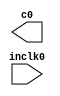
// megafunction wizard: %ALTPLL%VBB%
// GENERATION: STANDARD
// VERSION: WM1.0
// MODULE: altpll 

// ============================================================
// Megafunction Name(s):
// 			altpll
//
// Simulation Library Files(s):
// 			altera_mf
// ============================================================
// ************************************************************
// THIS IS A WIZARD-GENERATED FILE. DO NOT EDIT THIS FILE!
//
// 17.0.0 Build 595 04/25/2017 SJ Standard Edition
// ************************************************************

//Copyright (C) 2017  Intel Corporation. All rights reserved.
//Your use of Intel Corporation's design tools, logic functions 
//and other software and tools, and its AMPP partner logic 
//functions, and any output files from any of the foregoing 
//(including device programming or simulation files), and any 
//associated documentation or information are expressly subject 
//to the terms and conditions of the Intel Program License 
//Subscription Agreement, the Intel Quartus Prime License Agreement,
//the Intel MegaCore Function License Agreement, or other 
//applicable license agreement, including, without limitation, 
//that your use is for the sole purpose of programming logic 
//devices manufactured by Intel and sold by Intel or its 
//authorized distributors.  Please refer to the applicable 
//agreement for further details.

module video_pll (
	inclk0,
	c0);

	input	  inclk0;
	output	  c0;

endmodule

// ============================================================
// CNX file retrieval info
// ============================================================
// Retrieval info: PRIVATE: ACTIVECLK_CHECK STRING "0"
// Retrieval info: PRIVATE: BANDWIDTH STRING "1.000"
// Retrieval info: PRIVATE: BANDWIDTH_FEATURE_ENABLED STRING "1"
// Retrieval info: PRIVATE: BANDWIDTH_FREQ_UNIT STRING "MHz"
// Retrieval info: PRIVATE: BANDWIDTH_PRESET STRING "Low"
// Retrieval info: PRIVATE: BANDWIDTH_USE_AUTO STRING "1"
// Retrieval info: PRIVATE: BANDWIDTH_USE_PRESET STRING "0"
// Retrieval info: PRIVATE: CLKBAD_SWITCHOVER_CHECK STRING "0"
// Retrieval info: PRIVATE: CLKLOSS_CHECK STRING "0"
// Retrieval info: PRIVATE: CLKSWITCH_CHECK STRING "0"
// Retrieval info: PRIVATE: CNX_NO_COMPENSATE_RADIO STRING "0"
// Retrieval info: PRIVATE: CREATE_CLKBAD_CHECK STRING "0"
// Retrieval info: PRIVATE: CREATE_INCLK1_CHECK STRING "0"
// Retrieval info: PRIVATE: CUR_DEDICATED_CLK STRING "c0"
// Retrieval info: PRIVATE: CUR_FBIN_CLK STRING "c0"
// Retrieval info: PRIVATE: DEVICE_SPEED_GRADE STRING "Any"
// Retrieval info: PRIVATE: DIV_FACTOR0 NUMERIC "1"
// Retrieval info: PRIVATE: DUTY_CYCLE0 STRING "50.00000000"
// Retrieval info: PRIVATE: EFF_OUTPUT_FREQ_VALUE0 STRING "65.000000"
// Retrieval info: PRIVATE: EXPLICIT_SWITCHOVER_COUNTER STRING "0"
// Retrieval info: PRIVATE: EXT_FEEDBACK_RADIO STRING "0"
// Retrieval info: PRIVATE: GLOCKED_COUNTER_EDIT_CHANGED STRING "1"
// Retrieval info: PRIVATE: GLOCKED_FEATURE_ENABLED STRING "0"
// Retrieval info: PRIVATE: GLOCKED_MODE_CHECK STRING "0"
// Retrieval info: PRIVATE: GLOCK_COUNTER_EDIT NUMERIC "1048575"
// Retrieval info: PRIVATE: HAS_MANUAL_SWITCHOVER STRING "1"
// Retrieval info: PRIVATE: INCLK0_FREQ_EDIT STRING "50.000"
// Retrieval info: PRIVATE: INCLK0_FREQ_UNIT_COMBO STRING "MHz"
// Retrieval info: PRIVATE: INCLK1_FREQ_EDIT STRING "100.000"
// Retrieval info: PRIVATE: INCLK1_FREQ_EDIT_CHANGED STRING "1"
// Retrieval info: PRIVATE: INCLK1_FREQ_UNIT_CHANGED STRING "1"
// Retrieval info: PRIVATE: INCLK1_FREQ_UNIT_COMBO STRING "MHz"
// Retrieval info: PRIVATE: INTENDED_DEVICE_FAMILY STRING "Cyclone IV E"
// Retrieval info: PRIVATE: INT_FEEDBACK__MODE_RADIO STRING "1"
// Retrieval info: PRIVATE: LOCKED_OUTPUT_CHECK STRING "0"
// Retrieval info: PRIVATE: LONG_SCAN_RADIO STRING "1"
// Retrieval info: PRIVATE: LVDS_MODE_DATA_RATE STRING "Not Available"
// Retrieval info: PRIVATE: LVDS_MODE_DATA_RATE_DIRTY NUMERIC "0"
// Retrieval info: PRIVATE: LVDS_PHASE_SHIFT_UNIT0 STRING "deg"
// Retrieval info: PRIVATE: MIG_DEVICE_SPEED_GRADE STRING "Any"
// Retrieval info: PRIVATE: MIRROR_CLK0 STRING "0"
// Retrieval info: PRIVATE: MULT_FACTOR0 NUMERIC "1"
// Retrieval info: PRIVATE: NORMAL_MODE_RADIO STRING "1"
// Retrieval info: PRIVATE: OUTPUT_FREQ0 STRING "65.00000000"
// Retrieval info: PRIVATE: OUTPUT_FREQ_MODE0 STRING "1"
// Retrieval info: PRIVATE: OUTPUT_FREQ_UNIT0 STRING "MHz"
// Retrieval info: PRIVATE: PHASE_RECONFIG_FEATURE_ENABLED STRING "1"
// Retrieval info: PRIVATE: PHASE_RECONFIG_INPUTS_CHECK STRING "0"
// Retrieval info: PRIVATE: PHASE_SHIFT0 STRING "0.00000000"
// Retrieval info: PRIVATE: PHASE_SHIFT_STEP_ENABLED_CHECK STRING "0"
// Retrieval info: PRIVATE: PHASE_SHIFT_UNIT0 STRING "deg"
// Retrieval info: PRIVATE: PLL_ADVANCED_PARAM_CHECK STRING "0"
// Retrieval info: PRIVATE: PLL_ARESET_CHECK STRING "0"
// Retrieval info: PRIVATE: PLL_AUTOPLL_CHECK NUMERIC "1"
// Retrieval info: PRIVATE: PLL_ENHPLL_CHECK NUMERIC "0"
// Retrieval info: PRIVATE: PLL_FASTPLL_CHECK NUMERIC "0"
// Retrieval info: PRIVATE: PLL_FBMIMIC_CHECK STRING "0"
// Retrieval info: PRIVATE: PLL_LVDS_PLL_CHECK NUMERIC "0"
// Retrieval info: PRIVATE: PLL_PFDENA_CHECK STRING "0"
// Retrieval info: PRIVATE: PLL_TARGET_HARCOPY_CHECK NUMERIC "0"
// Retrieval info: PRIVATE: PRIMARY_CLK_COMBO STRING "inclk0"
// Retrieval info: PRIVATE: RECONFIG_FILE STRING "video_pll.mif"
// Retrieval info: PRIVATE: SACN_INPUTS_CHECK STRING "0"
// Retrieval info: PRIVATE: SCAN_FEATURE_ENABLED STRING "1"
// Retrieval info: PRIVATE: SELF_RESET_LOCK_LOSS STRING "0"
// Retrieval info: PRIVATE: SHORT_SCAN_RADIO STRING "0"
// Retrieval info: PRIVATE: SPREAD_FEATURE_ENABLED STRING "0"
// Retrieval info: PRIVATE: SPREAD_FREQ STRING "50.000"
// Retrieval info: PRIVATE: SPREAD_FREQ_UNIT STRING "KHz"
// Retrieval info: PRIVATE: SPREAD_PERCENT STRING "0.500"
// Retrieval info: PRIVATE: SPREAD_USE STRING "0"
// Retrieval info: PRIVATE: SRC_SYNCH_COMP_RADIO STRING "0"
// Retrieval info: PRIVATE: STICKY_CLK0 STRING "1"
// Retrieval info: PRIVATE: SWITCHOVER_COUNT_EDIT NUMERIC "1"
// Retrieval info: PRIVATE: SWITCHOVER_FEATURE_ENABLED STRING "1"
// Retrieval info: PRIVATE: SYNTH_WRAPPER_GEN_POSTFIX STRING "0"
// Retrieval info: PRIVATE: USE_CLK0 STRING "1"
// Retrieval info: PRIVATE: USE_CLKENA0 STRING "0"
// Retrieval info: PRIVATE: USE_MIL_SPEED_GRADE NUMERIC "0"
// Retrieval info: PRIVATE: ZERO_DELAY_RADIO STRING "0"
// Retrieval info: LIBRARY: altera_mf altera_mf.altera_mf_components.all
// Retrieval info: CONSTANT: BANDWIDTH_TYPE STRING "AUTO"
// Retrieval info: CONSTANT: CLK0_DIVIDE_BY NUMERIC "10"
// Retrieval info: CONSTANT: CLK0_DUTY_CYCLE NUMERIC "50"
// Retrieval info: CONSTANT: CLK0_MULTIPLY_BY NUMERIC "13"
// Retrieval info: CONSTANT: CLK0_PHASE_SHIFT STRING "0"
// Retrieval info: CONSTANT: COMPENSATE_CLOCK STRING "CLK0"
// Retrieval info: CONSTANT: INCLK0_INPUT_FREQUENCY NUMERIC "20000"
// Retrieval info: CONSTANT: INTENDED_DEVICE_FAMILY STRING "Cyclone IV E"
// Retrieval info: CONSTANT: LPM_TYPE STRING "altpll"
// Retrieval info: CONSTANT: OPERATION_MODE STRING "NORMAL"
// Retrieval info: CONSTANT: PLL_TYPE STRING "AUTO"
// Retrieval info: CONSTANT: PORT_ACTIVECLOCK STRING "PORT_UNUSED"
// Retrieval info: CONSTANT: PORT_ARESET STRING "PORT_UNUSED"
// Retrieval info: CONSTANT: PORT_CLKBAD0 STRING "PORT_UNUSED"
// Retrieval info: CONSTANT: PORT_CLKBAD1 STRING "PORT_UNUSED"
// Retrieval info: CONSTANT: PORT_CLKLOSS STRING "PORT_UNUSED"
// Retrieval info: CONSTANT: PORT_CLKSWITCH STRING "PORT_UNUSED"
// Retrieval info: CONSTANT: PORT_CONFIGUPDATE STRING "PORT_UNUSED"
// Retrieval info: CONSTANT: PORT_FBIN STRING "PORT_UNUSED"
// Retrieval info: CONSTANT: PORT_INCLK0 STRING "PORT_USED"
// Retrieval info: CONSTANT: PORT_INCLK1 STRING "PORT_UNUSED"
// Retrieval info: CONSTANT: PORT_LOCKED STRING "PORT_UNUSED"
// Retrieval info: CONSTANT: PORT_PFDENA STRING "PORT_UNUSED"
// Retrieval info: CONSTANT: PORT_PHASECOUNTERSELECT STRING "PORT_UNUSED"
// Retrieval info: CONSTANT: PORT_PHASEDONE STRING "PORT_UNUSED"
// Retrieval info: CONSTANT: PORT_PHASESTEP STRING "PORT_UNUSED"
// Retrieval info: CONSTANT: PORT_PHASEUPDOWN STRING "PORT_UNUSED"
// Retrieval info: CONSTANT: PORT_PLLENA STRING "PORT_UNUSED"
// Retrieval info: CONSTANT: PORT_SCANACLR STRING "PORT_UNUSED"
// Retrieval info: CONSTANT: PORT_SCANCLK STRING "PORT_UNUSED"
// Retrieval info: CONSTANT: PORT_SCANCLKENA STRING "PORT_UNUSED"
// Retrieval info: CONSTANT: PORT_SCANDATA STRING "PORT_UNUSED"
// Retrieval info: CONSTANT: PORT_SCANDATAOUT STRING "PORT_UNUSED"
// Retrieval info: CONSTANT: PORT_SCANDONE STRING "PORT_UNUSED"
// Retrieval info: CONSTANT: PORT_SCANREAD STRING "PORT_UNUSED"
// Retrieval info: CONSTANT: PORT_SCANWRITE STRING "PORT_UNUSED"
// Retrieval info: CONSTANT: PORT_clk0 STRING "PORT_USED"
// Retrieval info: CONSTANT: PORT_clk1 STRING "PORT_UNUSED"
// Retrieval info: CONSTANT: PORT_clk2 STRING "PORT_UNUSED"
// Retrieval info: CONSTANT: PORT_clk3 STRING "PORT_UNUSED"
// Retrieval info: CONSTANT: PORT_clk4 STRING "PORT_UNUSED"
// Retrieval info: CONSTANT: PORT_clk5 STRING "PORT_UNUSED"
// Retrieval info: CONSTANT: PORT_clkena0 STRING "PORT_UNUSED"
// Retrieval info: CONSTANT: PORT_clkena1 STRING "PORT_UNUSED"
// Retrieval info: CONSTANT: PORT_clkena2 STRING "PORT_UNUSED"
// Retrieval info: CONSTANT: PORT_clkena3 STRING "PORT_UNUSED"
// Retrieval info: CONSTANT: PORT_clkena4 STRING "PORT_UNUSED"
// Retrieval info: CONSTANT: PORT_clkena5 STRING "PORT_UNUSED"
// Retrieval info: CONSTANT: PORT_extclk0 STRING "PORT_UNUSED"
// Retrieval info: CONSTANT: PORT_extclk1 STRING "PORT_UNUSED"
// Retrieval info: CONSTANT: PORT_extclk2 STRING "PORT_UNUSED"
// Retrieval info: CONSTANT: PORT_extclk3 STRING "PORT_UNUSED"
// Retrieval info: CONSTANT: WIDTH_CLOCK NUMERIC "5"
// Retrieval info: USED_PORT: @clk 0 0 5 0 OUTPUT_CLK_EXT VCC "@clk[4..0]"
// Retrieval info: USED_PORT: c0 0 0 0 0 OUTPUT_CLK_EXT VCC "c0"
// Retrieval info: USED_PORT: inclk0 0 0 0 0 INPUT_CLK_EXT GND "inclk0"
// Retrieval info: CONNECT: @inclk 0 0 1 1 GND 0 0 0 0
// Retrieval info: CONNECT: @inclk 0 0 1 0 inclk0 0 0 0 0
// Retrieval info: CONNECT: c0 0 0 0 0 @clk 0 0 1 0
// Retrieval info: GEN_FILE: TYPE_NORMAL video_pll.v TRUE
// Retrieval info: GEN_FILE: TYPE_NORMAL video_pll.ppf TRUE
// Retrieval info: GEN_FILE: TYPE_NORMAL video_pll.inc FALSE
// Retrieval info: GEN_FILE: TYPE_NORMAL video_pll.cmp FALSE
// Retrieval info: GEN_FILE: TYPE_NORMAL video_pll.bsf FALSE
// Retrieval info: GEN_FILE: TYPE_NORMAL video_pll_inst.v FALSE
// Retrieval info: GEN_FILE: TYPE_NORMAL video_pll_bb.v TRUE
// Retrieval info: LIB_FILE: altera_mf
// Retrieval info: CBX_MODULE_PREFIX: ON